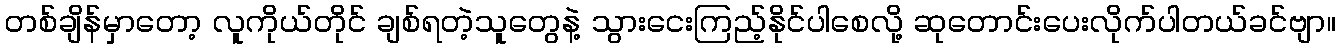
တစ်ချိန်မှာတော့ လူကိုယ်တိုင် ချစ်ရတဲ့သူတွေနဲ့ သွားငေးကြည့်နိုင်ပါစေလို့ ဆုတောင်းပေးလိုက်ပါတယ်ခင်ဗျာ။